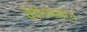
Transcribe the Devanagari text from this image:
वेंदीदादमध्यें